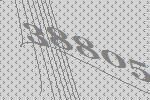
38805